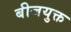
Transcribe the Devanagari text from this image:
बीजयुक्त